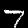
Digit: 7